画像に写った文字を読んでください
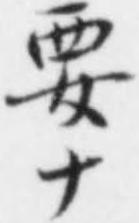
「要ナ」と書いてあります